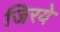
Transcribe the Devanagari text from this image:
जिरये